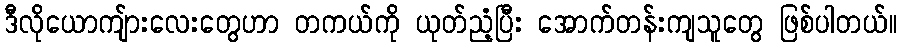
ဒီလိုယောကျ်ားလေးတွေဟာ တကယ်ကို ယုတ်ညံံ့ပြီး အောက်တန်းကျသူတွေ ဖြစ်ပါတယ်။